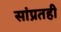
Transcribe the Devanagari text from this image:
सांप्रतही